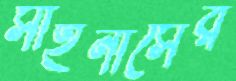
সাইনাসের